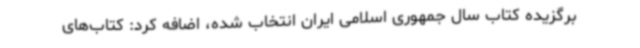
برگزیده کتاب سال جمهوری اسلامی ایران انتخاب شده‌، اضافه کرد: کتاب‌های